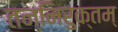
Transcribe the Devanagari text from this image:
तन्निरुक्तम्